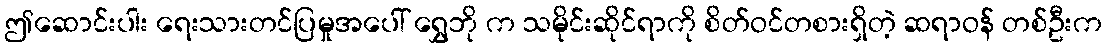
ဤဆောင်းပါး ရေးသားတင်ပြမှုအပေါ် ရွှေဘို က သမိုင်းဆိုင်ရာကို စိတ်ဝင်တစားရှိတဲ့ ဆရာဝန် တစ်ဦးက